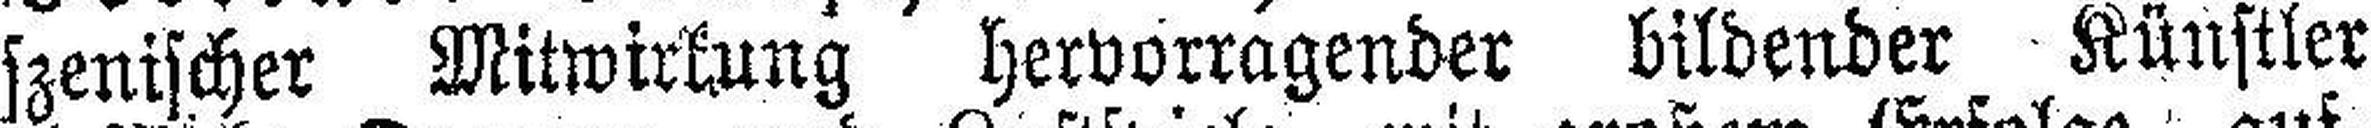
szenischer Mitwirkung hervorragender bildender Künstler